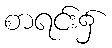
စာရင်း၌